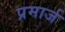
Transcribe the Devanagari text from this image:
प्रमार्ज